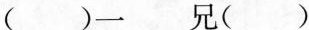
()一 兄()